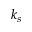
k _ { s }